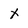
Character: x